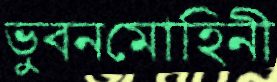
ভুবনমোহিনী